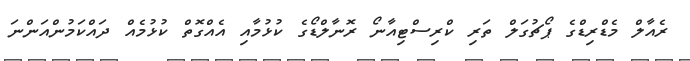
ރެއާލް މެޑްރިޑްގެ ޕޯޗުގަލް ތަރި ކްރިސްޓިއާނޯ ރޮނާލްޑޯގެ ކުޅުމާއި އެއްގޮތް ކުޅުމެއް ދައްކަމުންއަންނަ